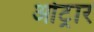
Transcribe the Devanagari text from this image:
ओट्रार